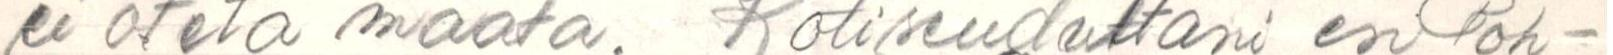
ei oteta maata. Kotiseudultani en Poh-